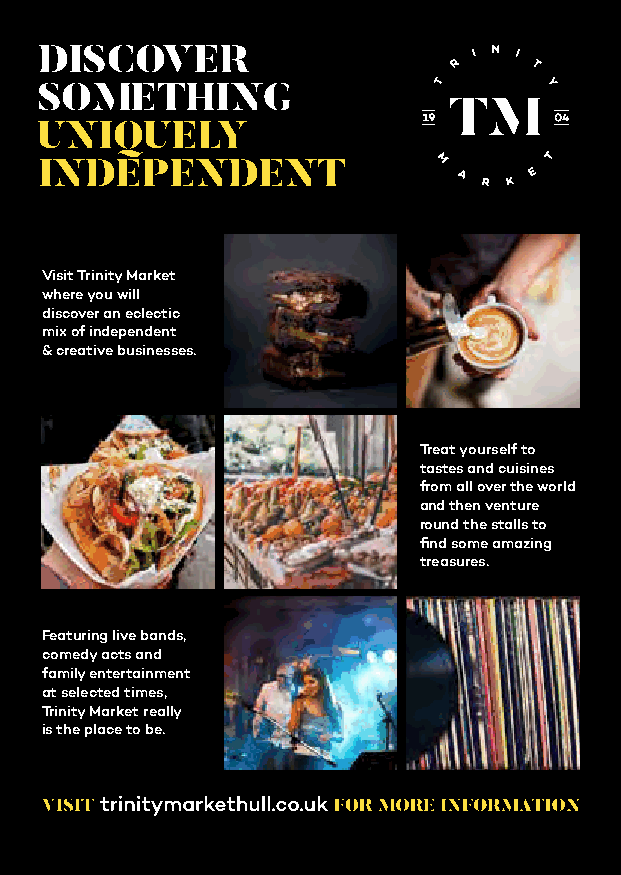
DISCOVER
 SOMETHING
 UNIQUELY
 INDEPENDENT
 Visit Trinity Market
 where you will
 discover an eclectic
 mix of independent
 & creative businesses.
 Treat yourself to
 tastes and cuisines
 from all over the world
 and then venture
 round the stalls to
 find some amazing
 treasures.
 Featuring live bands,
 comedy acts and
 family entertainment
 at selected times,
 Trinity Market really
 is the place to be.